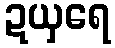
ဍယှရေ